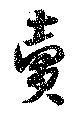
賣